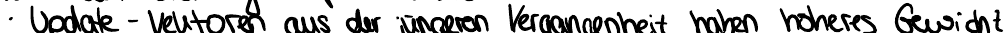
Update - Vektoren aus der jüngeren Vergangenheit haben höheres Gewicht